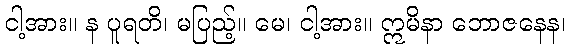
ငါ့အား။ န ပူရတိ၊ မပြည့်။ မေ၊ ငါ့အား။ ဣမိနာ ဘောဇနေန၊